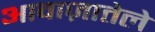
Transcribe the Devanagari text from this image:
आवाज़ातेले